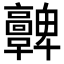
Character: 𩫫